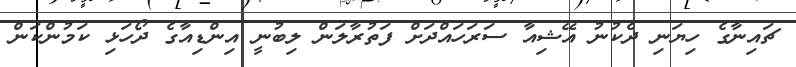
ޗައިނާގެ ހިޔަނި ދެކުނު އޭޝިއާ ސަރަހައްދަށް ފަތުރާލަން ލިބުނީ އިންޑިއާގެ ދޯހަޅި ކަމުންކަން